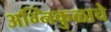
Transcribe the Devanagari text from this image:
अग्निकुळाचे